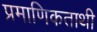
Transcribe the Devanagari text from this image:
प्रमाणिकताथी